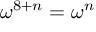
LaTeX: \omega ^ { 8 + n } = \omega ^ { n }